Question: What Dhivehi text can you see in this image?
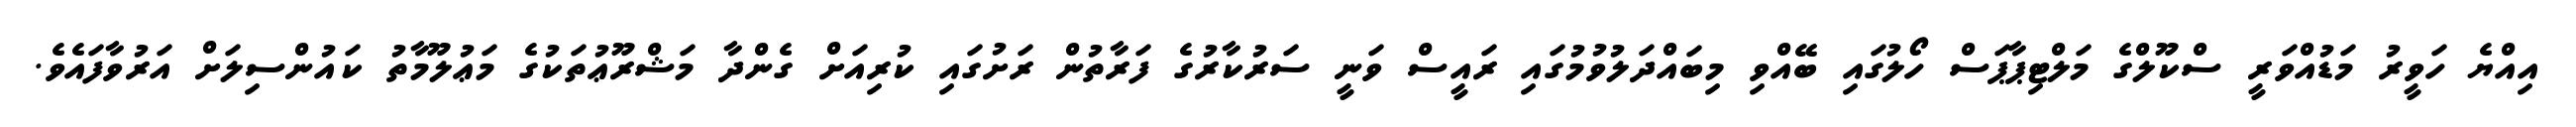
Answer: އިއްޔެ ހަވީރު މަޑުއްވަރީ ސްކޫލްގެ މަލްޓިޕާޕަސް ހޯލުގައި ބޭއްވި މިބައްދަލުވުމުގައި ރައީސް ވަނީ ސަރުކާރުގެ ފަރާތުން ރަށުގައި ކުރިއަށް ގެންދާ މަޝްރޫޢުތަކުގެ މަޢުލޫމާތު ކައުންސިލަށް އަރުވާފައެވެ.